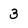
Character: 3